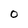
Character: O